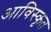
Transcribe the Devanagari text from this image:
आविस्कृत